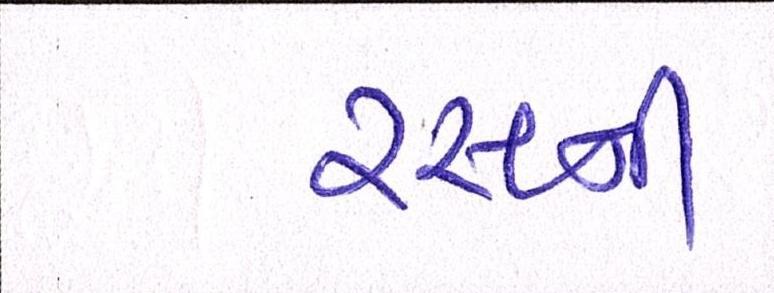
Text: રસની